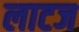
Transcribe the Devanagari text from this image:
लाटज